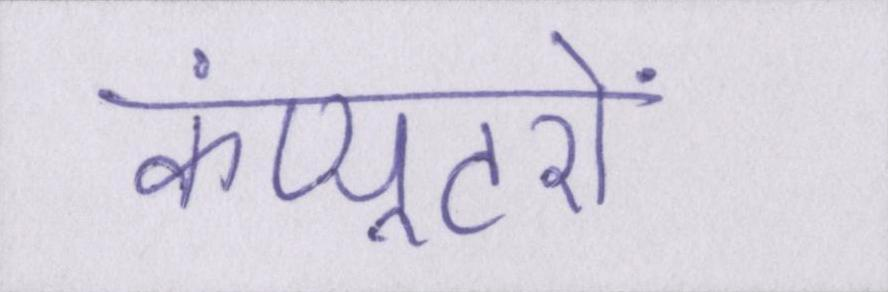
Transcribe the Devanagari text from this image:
कंप्यूटरों